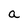
Character: a